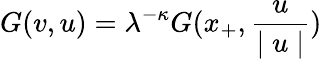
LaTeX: G(v,u)=\lambda^{-\kappa}G(x_{+},\frac{u}{\mid u\mid})